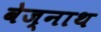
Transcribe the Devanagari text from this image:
वेज्नाथ